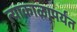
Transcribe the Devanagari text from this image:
त्याकाळापर्यंत